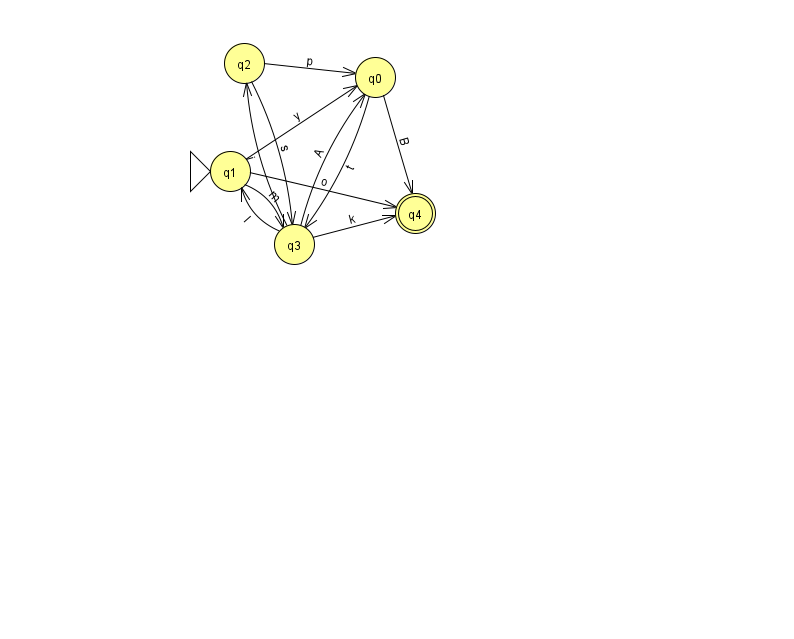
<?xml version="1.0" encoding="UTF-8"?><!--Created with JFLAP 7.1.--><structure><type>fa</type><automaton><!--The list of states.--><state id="0" name="q0"><x>375.0</x><y>64.0</y></state><state id="1" name="q1"><x>230.0</x><y>158.0</y><initial/></state><state id="2" name="q2"><x>244.0</x><y>50.0</y></state><state id="3" name="q3"><x>294.0</x><y>231.0</y></state><state id="4" name="q4"><x>415.0</x><y>200.0</y><final/></state><!--The list of transitions.--><transition><from>0</from><to>3</to><read>t</read></transition><transition><from>1</from><to>0</to><read>y</read></transition><transition><from>3</from><to>2</to><read>i</read></transition><transition><from>1</from><to>3</to><read>m</read></transition><transition><from>3</from><to>0</to><read>A</read></transition><transition><from>3</from><to>1</to><read>I</read></transition><transition><from>3</from><to>4</to><read>k</read></transition><transition><from>2</from><to>3</to><read>s</read></transition><transition><from>0</from><to>4</to><read>B</read></transition><transition><from>1</from><to>4</to><read>o</read></transition><transition><from>2</from><to>0</to><read>p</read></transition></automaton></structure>